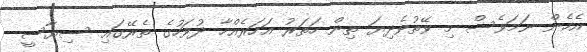
އެހެން ނަމަވެސް މި ވޭތުވެދިޔަ ތިން ހަތަރު އަހަރެއްހާ ދުވަހުގެ ތެރޭގައި ސިޔާސީ